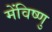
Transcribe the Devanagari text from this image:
मेंविष्णु